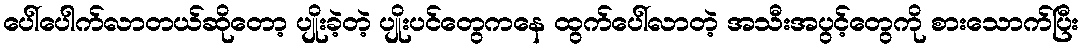
ပေါ်ပေါက်လာတယ်ဆိုတော့ ပျိုးခဲ့တဲ့ ပျိုးပင်တွေကနေ ထွက်ပေါ်လာတဲ့ အသီးအပွင့်တွေကို စားသောက်ပြီး